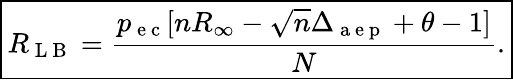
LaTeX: \boxed{R_{\mathrm{~L~B~}}=\frac{p_{\mathrm{~e~c~}}[nR_{\infty}-\sqrt{n}\Delta_{\mathrm{~a~e~p~}}+\theta-1]}{N}.}